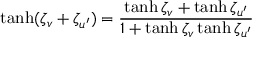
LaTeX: \operatorname { t a n h } ( \zeta _ { v } + \zeta _ { u ^ { \prime } } ) = { \frac { \operatorname { t a n h } \zeta _ { v } + \operatorname { t a n h } \zeta _ { u ^ { \prime } } } { 1 + \operatorname { t a n h } \zeta _ { v } \operatorname { t a n h } \zeta _ { u ^ { \prime } } } }